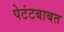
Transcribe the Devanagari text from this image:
पेटंटबाबत